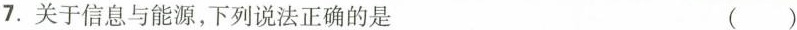
7.关于信息与能源，下列说法正确的是 ( )